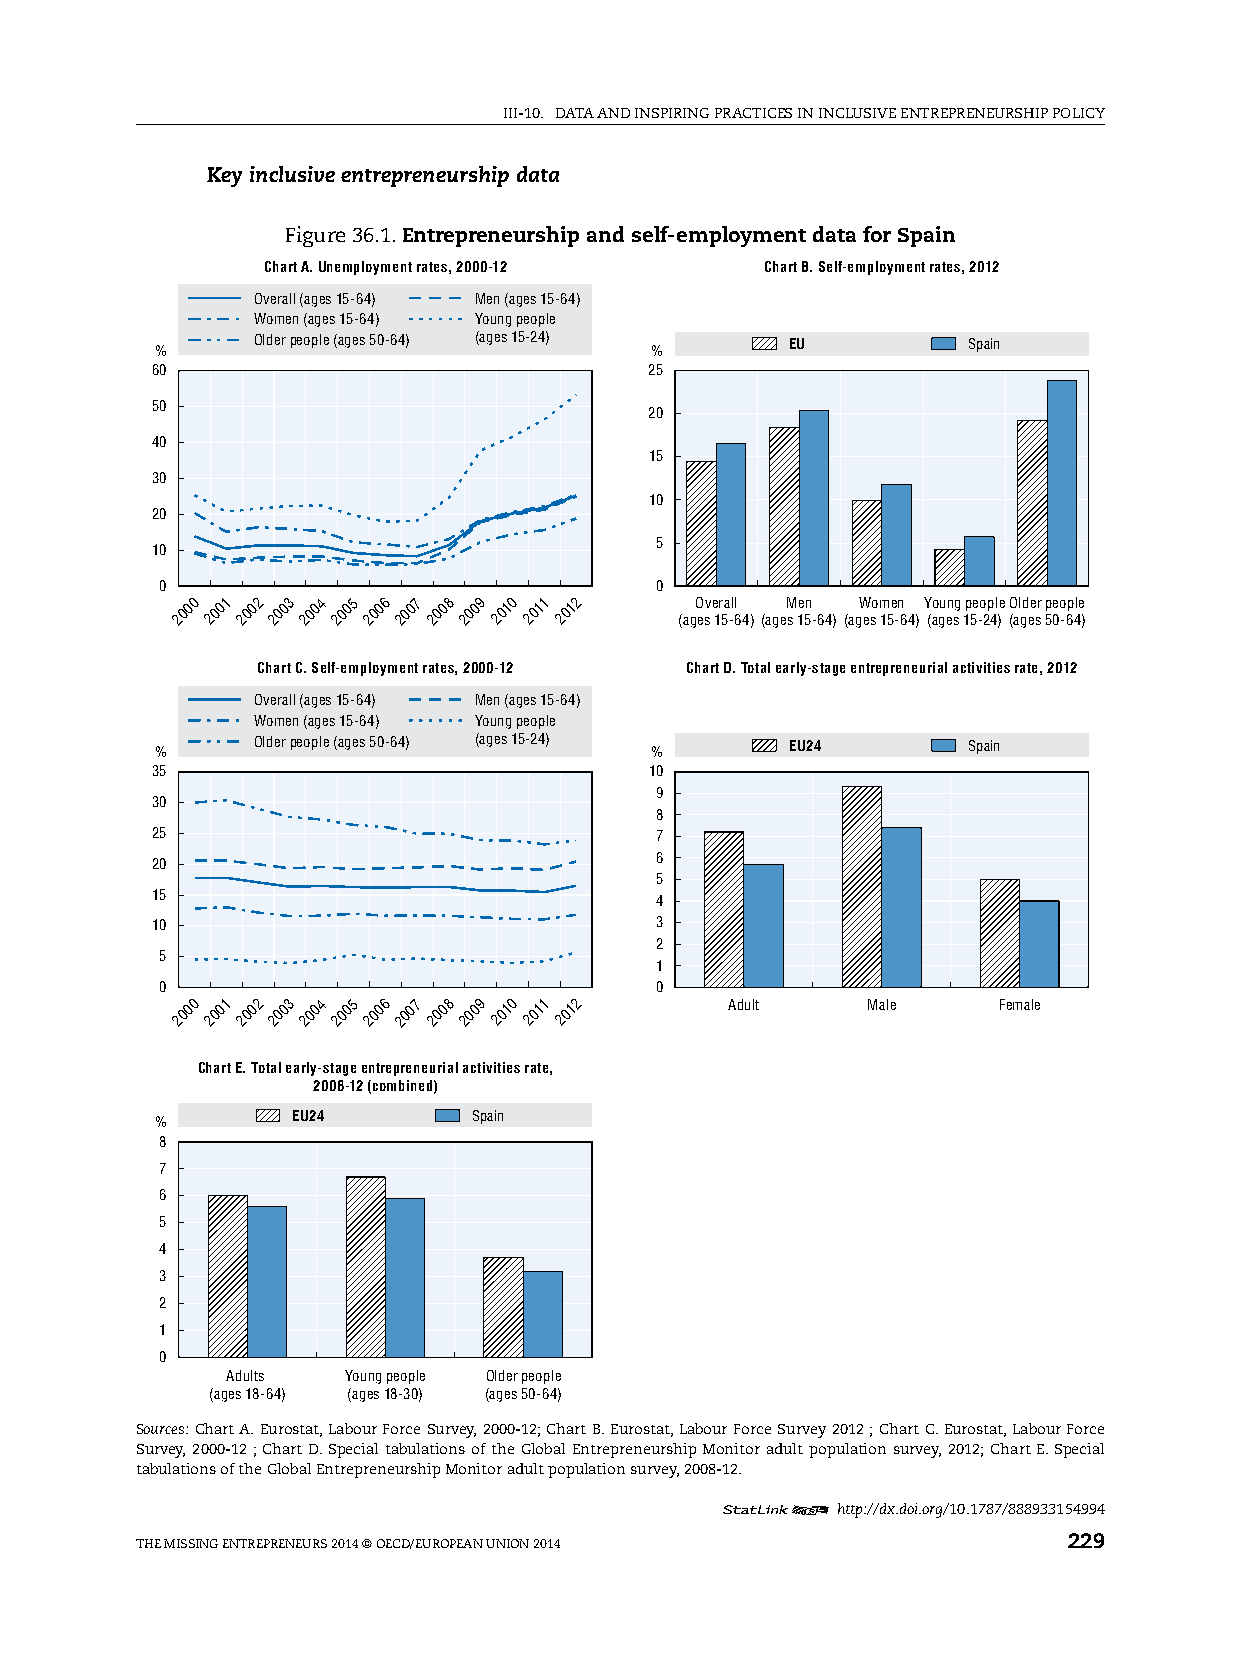
iii-10. DATA AnD inspiring prACTiCes in inClusive enTrepreneurship pOliCy
 Key inclusive entrepreneurship data
 Figure 36.1. Entrepreneurship and self-employment data for Spain
 Chart A. Unemployment rates, 2000-12 Chart B. Self-employment rates, 2012
 Overall (ages 15-64) Men (ages 15-64)
 Women (ages 15-64) Young people
 Older people (ages 50-64) (ages 15-24) EU      Spain
 %                                %
 60                               25
 50
 20
 40
 15
 30
 10
 20
 5
 10
 0                               0
 2000 2001 2002 2003 2004 2005 2006 2007 2008 2009 2010 2011 2012 (agO esv e 1r 5a -ll 64)(ageM
 s
 1e 5n
 -64)
 (agW eso m 15e -n 64)Y (ao gu en sg 1p 5e -o 2p 4l )e (O al gd ee sr 5p 0eo -6p 4le
 )
 Chart C. Self-employment rates, 2000-12 Chart D. Total early-stage entrepreneurial activities rate, 2012
 Overall (ages 15-64) Men (ages 15-64)
 Women (ages 15-64) Young people
 Older people (ages 50-64) (ages 15-24) EU24    Spain
 %                                %
 35                               10
 9
 30
 8
 25                               7
 20                               6
 5
 15                               4
 10                               3
 2
 5
 1
 0                               0
 2000 2001 2002 2003 2004 2005 2006 2007 2008 2009 2010 2011 2012 Adult Male Female
 Chart E. Total early-stage entrepreneurial activities rate,
 2008-12 (combined)
 EU24        Spain
 %
 8
 7
 6
 5
 4
 3
 2
 1
 0
 Adults  Young people Older people
 (ages 18-64) (ages 18-30) (ages 50-64)
 Sources: Chart A. eurostat, labour Force survey, 2000-12; Chart B. eurostat, labour Force survey 2012 ; Chart C. eurostat, labour Force
 survey, 2000-12 ; Chart D. special tabulations of the global entrepreneurship Monitor adult population survey, 2012; Chart e. special
 tabulations of the global entrepreneurship Monitor adult population survey, 2008-12.
 12     http://dx.doi.org/10.1787/888933154994
 The Missing enTrepreneurs 2014 © OeCD/eurOpeAn uniOn 2014     229